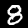
Label: 8